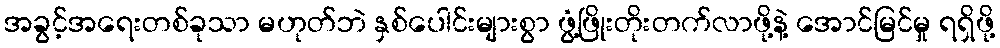
အခွင့်အရေးတစ်ခုသာ မဟုတ်ဘဲ နှစ်ပေါင်းများစွာ ဖွံ့ဖြိုးတိုးတက်လာဖို့နဲ့ အောင်မြင်မှု ရရှိဖို့